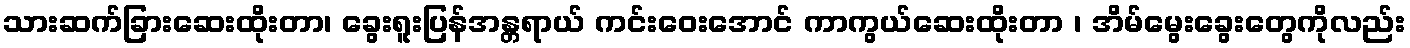
သားဆက်ခြားဆေးထိုးတာ၊ ခွေးရူးပြန်အန္တရာယ် ကင်းဝေးအောင် ကာကွယ်ဆေးထိုးတာ ၊ အိမ်မွေးခွေးတွေကိုလည်း